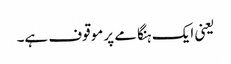
یعنی ایک ہنگامے پر موقوف ہے۔